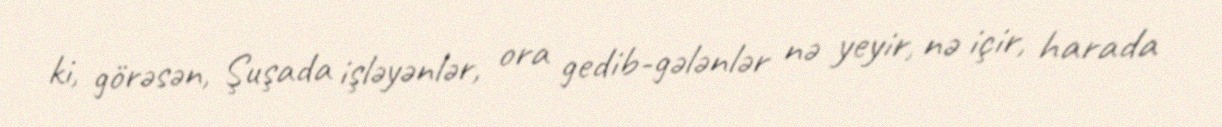
ki, görəsən, Şuşada işləyənlər, ora gedib-gələnlər nə yeyir, nə içir, harada